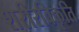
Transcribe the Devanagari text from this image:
शरीरविकृति